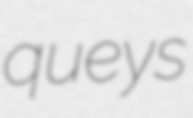
queys